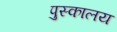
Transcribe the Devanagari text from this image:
पुस्‍कालय